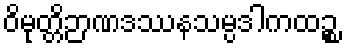
ဝိမုတ္တိဉာဏဒဿနသမ္ပဒါကထဉ္စ